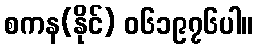
စကန(နိုင်) ၀၆၁၉၇၆ပါ။